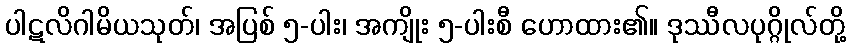
ပါဋလိဂါမိယသုတ်၊ အပြစ် ၅-ပါး၊ အကျိုး ၅-ပါးစီ ဟောထား၏။ ဒုဿီလပုဂ္ဂိုလ်တို့